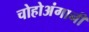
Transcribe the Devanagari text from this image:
चोहोअंगानी